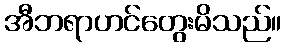
အီဘရာဟင်တွေးမိသည်။